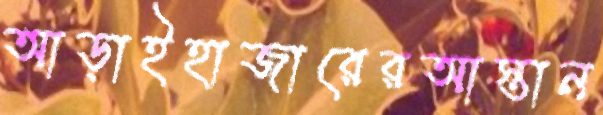
আড়াইহাজারেরআস্তান